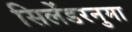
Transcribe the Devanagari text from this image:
सिलेंडरनुमा